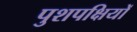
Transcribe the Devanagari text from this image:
पुशपक्षियों